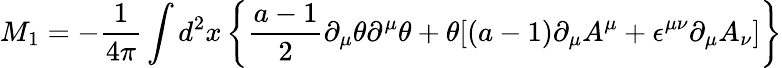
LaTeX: M_{1}=-{\frac{1}{4\pi}}\int d^{2}x\left\{ {\frac{a-1}{2}}\partial_{\mu}\theta\partial^{\mu}\theta+\theta[(a-1)\partial_{\mu}A^{\mu}+\epsilon^{\mu\nu}\partial_{\mu}A_{\nu}]\right\}